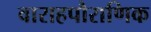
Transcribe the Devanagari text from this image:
वाराहपौराणिक